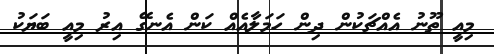
މިއީ ތޫނު އެއްޗަކުން ދިން ހަމަލާއެއް ކަން އެނގޭ އިރު މިއީ ބަޔަކު